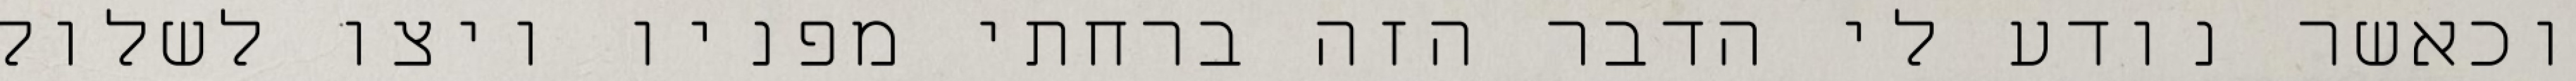
וכאשר נודע לי הדבר הזה ברחתי מפניו ויצו לשלול